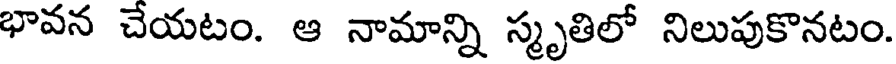
భావన చేయటం. ఆ నామాన్ని స్మృతిలో నిలుపుకొనటం.